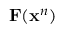
\mathbf { F } ( \mathbf { x } ^ { n } )